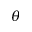
\theta